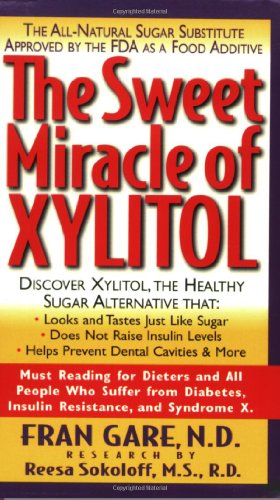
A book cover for The Sweet Miracle of Xylitol: The All-Natural Sugar Substitute Approved by the FDA As a Food Additive; Fran Gare; Health, Fitness & Dieting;